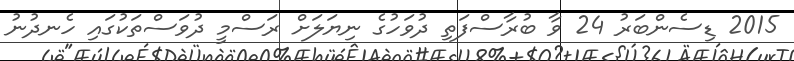
2015 ޑިސެންބަރު 24 ވާ ބުރާސްފަތި ދުވަހުގެ ނިޔަލަށް ރަސްމީ ދުވަސްތަކުގައި ހެނދުނު